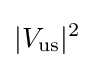
|V_{\text{us}}|^{2}